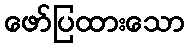
ဖော်ပြထားသော